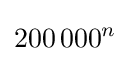
200\,000^{n}